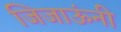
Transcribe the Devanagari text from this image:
जिजाऊंनी